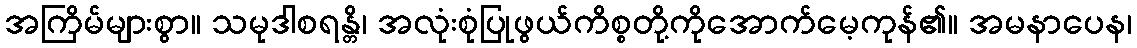
အကြိမ်များစွာ။ သမုဒါစရန္တိ၊ အလုံးစုံပြုဖွယ်ကိစ္စတို့ကိုအောက်မေ့ကုန်၏။ အမနာပေန၊